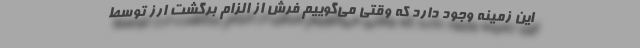
این زمینه وجود دارد که وقتی می‌گوییم فرش از الزام برگشت ارز توسط